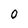
Character: 0